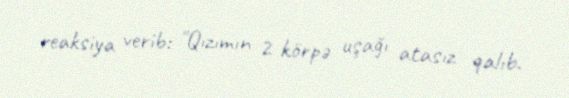
reaksiya verib: "Qızımın 2 körpə uşağı atasız qalıb.